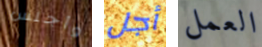
وأجلس أجل العمل